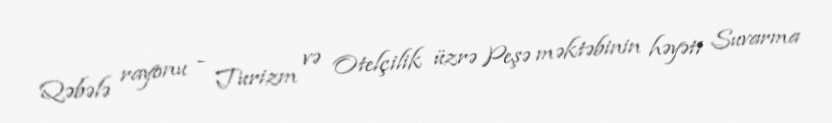
Qəbələ rayonu - Turizm və Otelçilik üzrə Peşə məktəbinin həyəti Suvarma